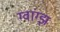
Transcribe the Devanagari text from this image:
ग्वांग्झ